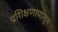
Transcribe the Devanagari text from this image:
प्रशिक्षणापासून